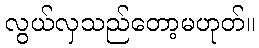
လွယ်လှသည်တော့မဟုတ်။